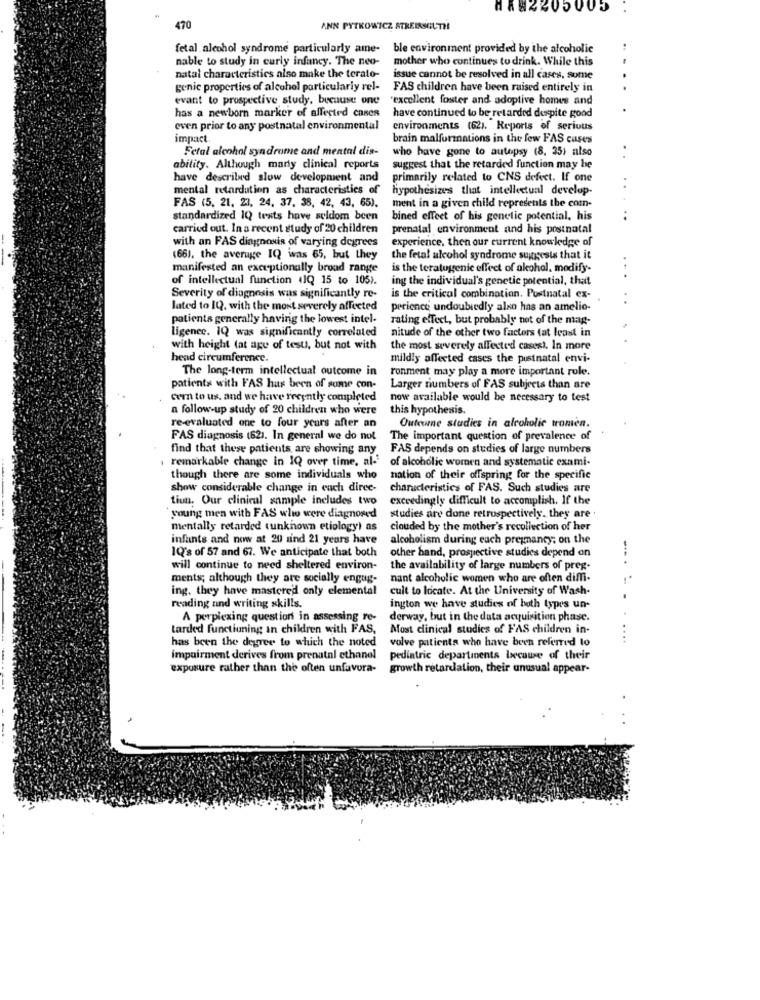
HA82205005
470
ANN PYTKOWICZ STREISOUTH
fetal alcohol syndrome particularly ame-
ble environment provided by the alcoholic
nable to study in curly infancy. The neo-
mother who continues to drink. While this
natal characteristics also make the terato-
issue cannot be resolved in all cases, some
genic properties of alcohol particularly rel-
FAS children have been raised entirely in
evant to prospective study, because one
"excellent foster and adoptive homes and
has a newborn marker of affected cases
have continued to be retarded despite good
even prior to any postnatal environmental
environments (62). Reports of serious
impact
brain malformations in the few FAS cases
Fetal alcohol syndrome and mental dis-
who have gone to autopsy (8. 35) also
ability. Although marty clinical reports
suggest that the retarded function may be
have described slow development and
primarily related to CNS defect. If one
mental retardation as characteristics of
hypothesizes that intellectual develop-
..
FAS (5, 21, 23, 24, 37. 38, 42, 43, 65).
ment in a given child represents the com-
standardized IQ tests have seldom been
bined effeet of his genetic potential, his
carried out. In a recent study of 20 children
prenatal environment and his postnatal
with an FAS diagnosis of varying degrees
experience, then our current knowledge of
(66), the average IQ was 65, but they
the fetal alcohol syndrome suggests that it
manifested an exceptionally broad range
is the teratogenic effect of alcohol, modify-
of intellectual function (1Q 15 to 105).
ing the individual's genetic potential, that
Severity of diagnosis was significantly re-
is the critical combination. Pustnatal ex-
lated to IQ. with the most severely affected
perience undoubtedly also has an amelio-
patients generally having the lowest intel-
rating effect, but probably not of the mag-
ligenee. IQ was significantly correlated
nitude of the other two factors (at least in
with height (at age of test, but not with
the most severely affected cases). In more
head circumference.
mildly affected cases the pustnatal envi-
The long-term intellectual outcome in
ronment may play a more important role.
patients with FAS has been of some con-
Larger numbers of FAS subjects than are
cern to us. and we have recently completed
now available would be necessary to test
a follow-up study of 20 children who were
this hypothesis.
re-evaluated one to four years after an
Outcome studies in alcoholic tromen.
FAS diagnosis (62). In general we do not
The important question of prevalence of
find that these patients, are showing any
FAS depends on studies of large numbers
remarkable change in IQ over time, al-
of alcoholic women and systematic exami-
though there are some individuals who
nation of their offspring for the specific
show considerable change in each direc-
characteristics of FAS. Such studies are
tiun. Our clinical sample includes two
exceedingly difficult to accomplish. If the
young men with FAS who were diagnosed
studies are done retrospectively. they are .
mentally retarded tunknown etiology) as
clouded by the mother's recollection of her
infants and now at 20 sind 21 years have
alcoholism during each presmancy; on the
1Q's of 57 and 67. We anticipate that both
other hand, prospective studies depend on
will continue to need sheltered environ-
the availability of large numbers of preg.
ments; although they are socially engag-
nant alcoholic women who are often diffi-
ing. they have mastered only elemental
cuit to locate. At the University of Wash-
reading and writing skills.
ington we have studies of both types un-
A perplexing question in assessing re-
derway, but in the data acquisition phase.
tarded functioning in children with FAS,
Most clinical studies of FAS children in-
has been the degree to which the noted
volve patients who have been referred to
....
impairment derives from prenatal ethanel
pediatric departments because of their
exposure rather than the often unfavora-
growth retardation, their unusual appear-